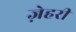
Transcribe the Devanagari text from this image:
ज़ेहरी